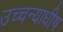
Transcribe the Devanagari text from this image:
उच्चन्याधीष